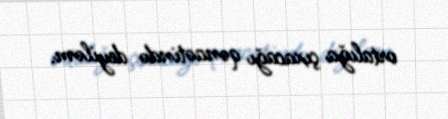
ortalığa çıxacağı qənaətində deyiləm.